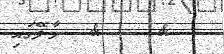
&    &  މާލޭގައި